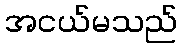
အငယ်မသည်